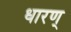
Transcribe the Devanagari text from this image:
धारण्